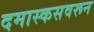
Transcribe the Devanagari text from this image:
दमास्कसवरून